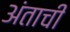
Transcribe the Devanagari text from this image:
अंताची